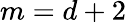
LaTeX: m=d+2